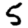
Digit: 5